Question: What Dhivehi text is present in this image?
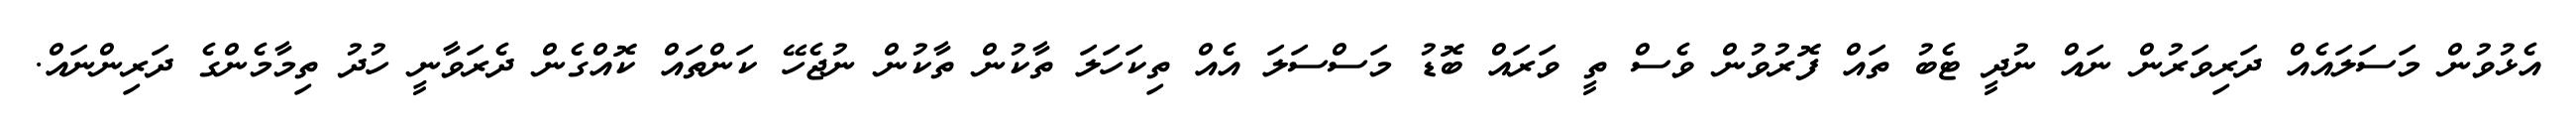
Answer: އެޅުވުން މަސަލައެއް ދަރިވަރުން ނައް ނުދީ ޓެބު ތައް ފޮރުވުން ވެސް ތީ ވަރައް ބޮޑު މަސްސަލަ އެއް ތިކަހަލަ ތާކުން ތާކުން ނުޖެހޭ ކަންތައް ކޮއްގެން ދެރަވާނީ ހުދު ތިމާމެންގެ ދަރިންނައް.